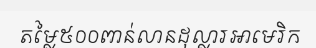
តម្លៃ៥០០ពាន់លានដុល្លារអាមេរិក